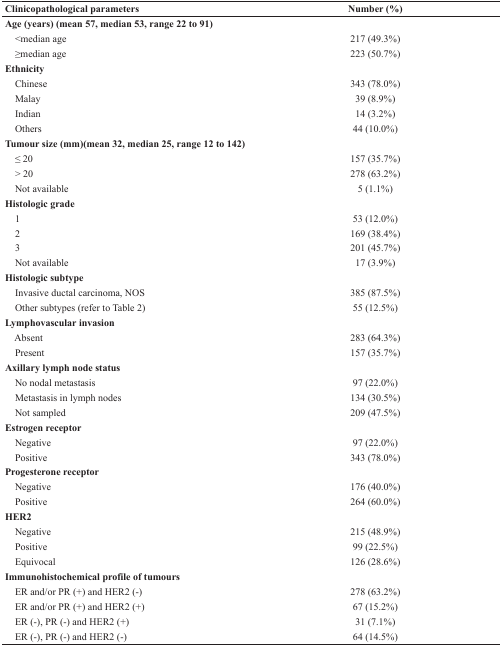
<table><thead><tr><td><b>Clinicopathological parameters</b></td><td><b>Number (%)</b></td></tr></thead><tbody><tr><td><b>Age (years) (mean 57, median 53, range 22 to 91)</b></td><td></td></tr><tr><td> &lt;median age</td><td>217 (49.3%)</td></tr><tr><td> ≥median age</td><td>223 (50.7%)</td></tr><tr><td><b>Ethnicity</b></td><td></td></tr><tr><td> Chinese</td><td>343 (78.0%)</td></tr><tr><td> Malay</td><td>39 (8.9%)</td></tr><tr><td> Indian</td><td>14 (3.2%)</td></tr><tr><td> Others</td><td>44 (10.0%)</td></tr><tr><td><b>Tumour size (mm)(mean 32, median 25, range 12 to 142)</b></td><td></td></tr><tr><td> ≤ 20</td><td>157 (35.7%)</td></tr><tr><td> &gt; 20</td><td>278 (63.2%)</td></tr><tr><td> Not available</td><td>5 (1.1%)</td></tr><tr><td><b>Histologic grade</b></td><td></td></tr><tr><td> 1</td><td>53 (12.0%)</td></tr><tr><td> 2</td><td>169 (38.4%)</td></tr><tr><td> 3</td><td>201 (45.7%)</td></tr><tr><td> Not available</td><td>17 (3.9%)</td></tr><tr><td><b>Histologic subtype</b></td><td></td></tr><tr><td> Invasive ductal carcinoma, NOS</td><td>385 (87.5%)</td></tr><tr><td> Other subtypes (refer to Table 2)</td><td>55 (12.5%)</td></tr><tr><td><b>Lymphovascular invasion</b></td><td></td></tr><tr><td> Absent</td><td>283 (64.3%)</td></tr><tr><td> Present</td><td>157 (35.7%)</td></tr><tr><td><b>Axillary lymph node status</b></td><td></td></tr><tr><td> No nodal metastasis</td><td>97 (22.0%)</td></tr><tr><td> Metastasis in lymph nodes</td><td>134 (30.5%)</td></tr><tr><td> Not sampled</td><td>209 (47.5%)</td></tr><tr><td><b>Estrogen receptor</b></td><td></td></tr><tr><td> Negative</td><td>97 (22.0%)</td></tr><tr><td> Positive</td><td>343 (78.0%)</td></tr><tr><td><b>Progesterone receptor</b></td><td></td></tr><tr><td> Negative</td><td>176 (40.0%)</td></tr><tr><td> Positive</td><td>264 (60.0%)</td></tr><tr><td><b>HER2</b></td><td></td></tr><tr><td> Negative</td><td>215 (48.9%)</td></tr><tr><td> Positive</td><td>99 (22.5%)</td></tr><tr><td> Equivocal</td><td>126 (28.6%)</td></tr><tr><td><b>Immunohistochemical profile of tumours</b></td><td></td></tr><tr><td> ER and/or PR (+) and HER2 (−)</td><td>278 (63.2%)</td></tr><tr><td> ER and/or PR (+) and HER2 (+)</td><td>67 (15.2%)</td></tr><tr><td> ER (−), PR (−) and HER2 (+)</td><td>31 (7.1%)</td></tr><tr><td> ER (−), PR (−) and HER2 (−)</td><td>64 (14.5%)</td></tr></tbody></table>